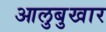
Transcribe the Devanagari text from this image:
आलुबुखार